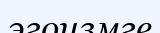
эгоизмге